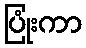
ပြုံးကာ